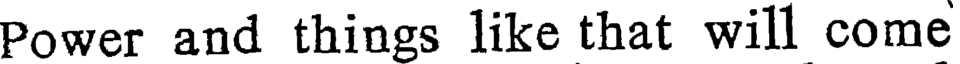
Power and things like that will come